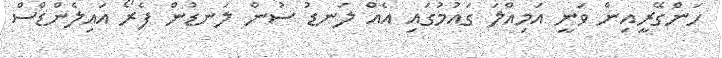
ހަންގޭރީއިން ވަނީ އަމިއްލަ ގައުމުގައި އެއް ލަނޑު ސުން ލަނޑުން ފެރޯ އައިލެންޑްސް